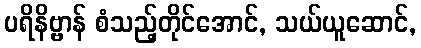
ပရိနိဗ္ဗာန် စံသည့်တိုင်အောင်, သယ်ယူဆောင်,